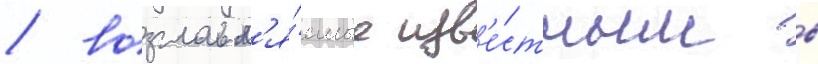
/ возглавл'я́емые изв'е́стным в